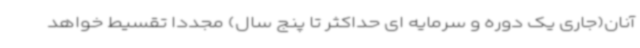
آنان(جاری یک دوره و سرمایه ای حداکثر تا پنج سال) مجدداً تقسیط خواهد